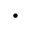
\bullet